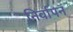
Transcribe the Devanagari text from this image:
निर्वापन